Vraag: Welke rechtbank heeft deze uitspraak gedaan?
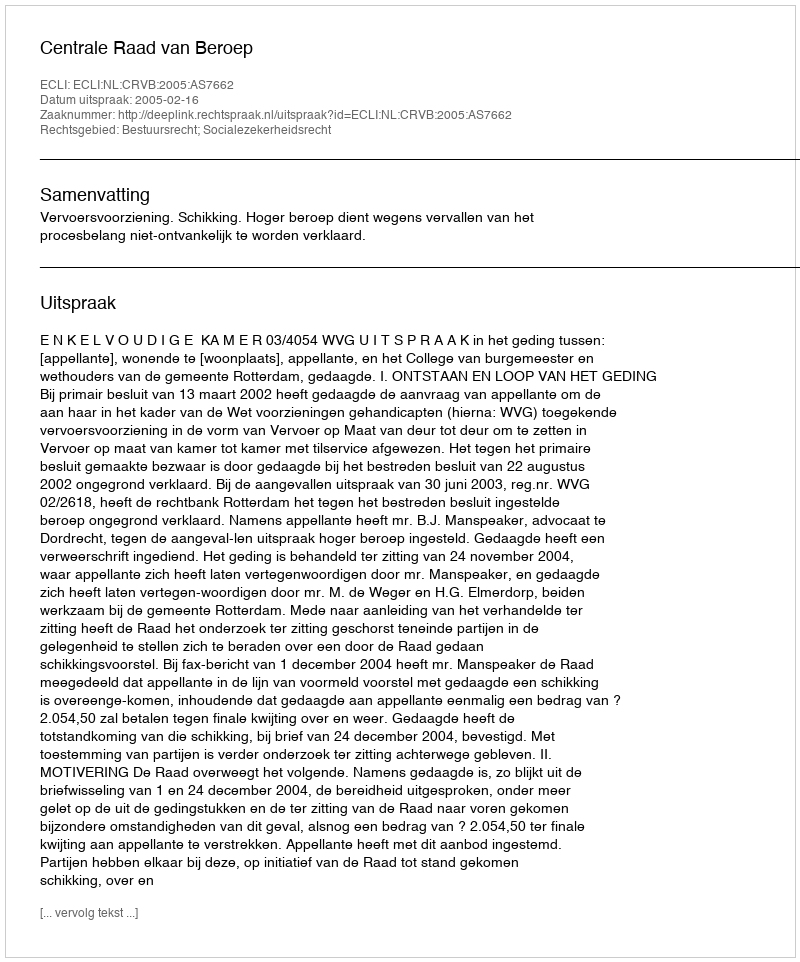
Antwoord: Centrale Raad van Beroep